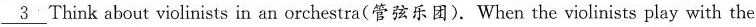
\underline{3} Think about violinists in an orchestra(管弦乐团). When the violinists play with the